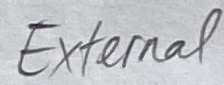
Text: External